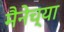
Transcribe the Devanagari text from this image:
मैनेच्या